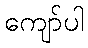
ကျော်ပါ